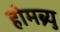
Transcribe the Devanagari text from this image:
होमब्र्यु